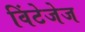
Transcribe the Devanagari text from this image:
विंटेजेज